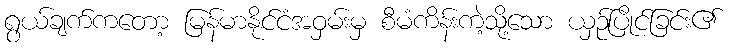
ရွယ်ချက်ကတော့ မြန်မာနိုင်ငံအဝှမ်းမှ စီမံကိန်းကဲ့သို့သော ယှဉ်ပြိုင်ခြင်း၏